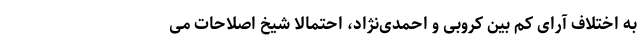
به اختلاف آرای کم بین کروبی و احمدی‌نژاد، احتمالا شیخ اصلاحات می‌